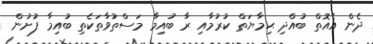
ދެން އެއޮތް ބުއްދި ޙިމާޔަތް ކުރުމާއި ރާ ބުއިމާ މަސްތުވާތަކެތި ބުއިމާ ފުށުން